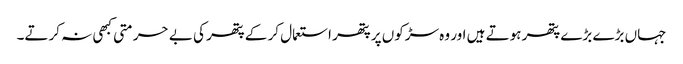
جہاں بڑے بڑے پتھر ہوتے ہیں اور وہ سڑکوں پر پتھر استعمال کر کے پتھر کی بے حرمتی کبھی نہ کرتے۔